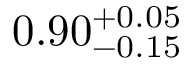
0 . 9 0 _ { - 0 . 1 5 } ^ { + 0 . 0 5 }